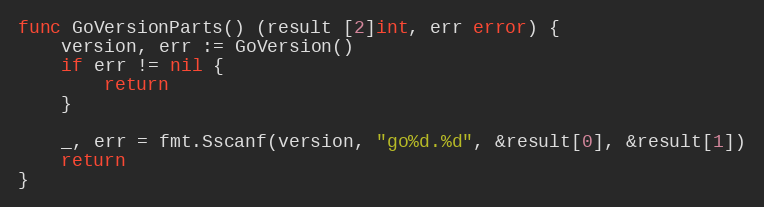
Language: Go
func GoVersionParts() (result [2]int, err error) {
	version, err := GoVersion()
	if err != nil {
		return
	}

	_, err = fmt.Sscanf(version, "go%d.%d", &result[0], &result[1])
	return
}